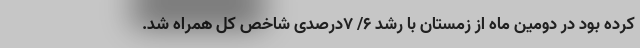
کرده بود در دومین ماه از زمستان با رشد ۶/ ۷درصدی شاخص کل همراه شد.